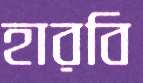
হারবি